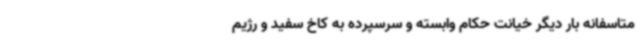
متاسفانه بار دیگر خیانت حکام وابسته و سرسپرده به کاخ سفید و رژیم